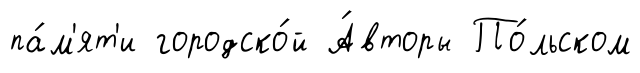
па́м'ят'и городско́й А́вторы По́льском